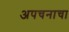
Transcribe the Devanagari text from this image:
अपचनाचा